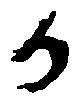
か